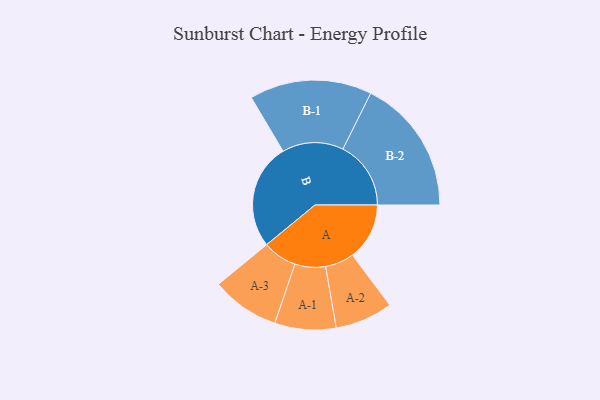
{"axis": {"x": "Segment", "y": "Value"}, "legend": ["", "A", "B"], "data": [{"x": "A", "y": 227, "type": ""}, {"x": "B", "y": 421, "type": ""}, {"x": "A-1", "y": 122, "type": "A"}, {"x": "A-2", "y": 115, "type": "A"}, {"x": "A-3", "y": 136, "type": "A"}, {"x": "B-1", "y": 244, "type": "B"}, {"x": "B-2", "y": 271, "type": "B"}]}